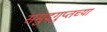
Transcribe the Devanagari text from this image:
समुद्रगुप्तच्या